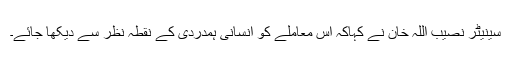
سینیٹر نصیب اللہ خان نے کہاکہ اس معاملے کو انسانی ہمدردی کے نقطہ نظر سے دیکھا جائے۔